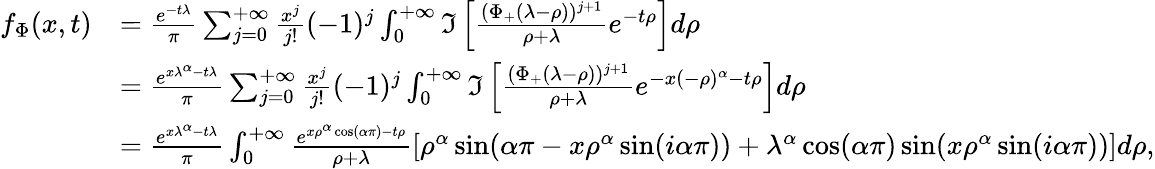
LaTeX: \begin{array}{rl}{f_{\Phi}(x,t)}&{=\frac{e^{-t\lambda}}{\pi}\sum_{j=0}^{+\infty}\frac{x^{j}}{j!}(-1)^{j}\int_{0}^{+\infty}\Im\left[\frac{(\Phi_{+}(\lambda-\rho))^{j+1}}{\rho+\lambda}e^{-t\rho}\right]d\rho}\\ &{=\frac{e^{x\lambda^{\alpha}-t\lambda}}{\pi}\sum_{j=0}^{+\infty}\frac{x^{j}}{j!}(-1)^{j}\int_{0}^{+\infty}\Im\left[\frac{(\Phi_{+}(\lambda-\rho))^{j+1}}{\rho+\lambda}e^{-x(-\rho)^{\alpha}-t\rho}\right]d\rho}\\ &{=\frac{e^{x\lambda^{\alpha}-t\lambda}}{\pi}\int_{0}^{+\infty}\frac{e^{x\rho^{\alpha}\cos(\alpha\pi)-t\rho}}{\rho+\lambda}[\rho^{\alpha}\sin(\alpha\pi-x\rho^{\alpha}\sin(i\alpha\pi))+\lambda^{\alpha}\cos(\alpha\pi)\sin(x\rho^{\alpha}\sin(i\alpha\pi))]d\rho,}\end{array}